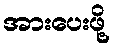
အားပေးဖို့